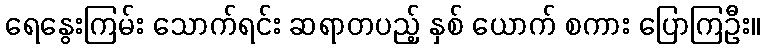
ရေနွေးကြမ်း သောက်ရင်း ဆရာတပည့် နှစ် ယောက် စကား ပြောကြဦး။